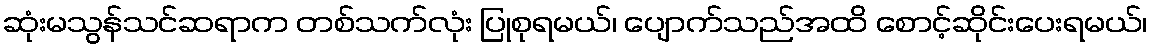
ဆုံးမသွန်သင်ဆရာက တစ်သက်လုံး ပြုစုရမယ်၊ ပျောက်သည်အထိ စောင့်ဆိုင်းပေးရမယ်၊